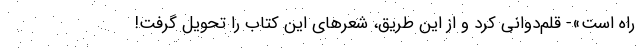
راه است»- قلم‌دوانی کرد و از این طریق، شعرهای این کتاب را تحویل گرفت!